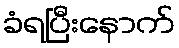
ခံရပြီးနောက်